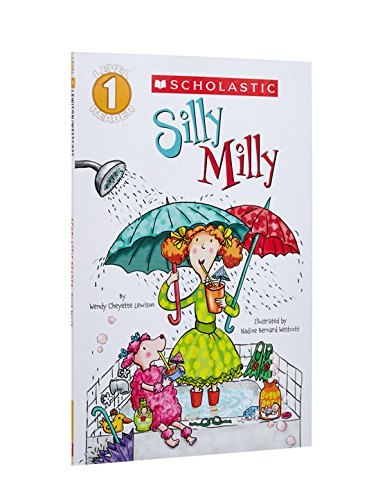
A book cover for Scholastic Reader Level 1: Silly Milly; Wendy Cheyette Lewison; Children's Books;